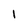
Character: 1